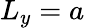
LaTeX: L_{y}=a